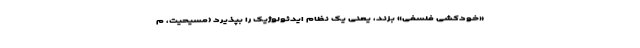
«خودکشی فلسفی» بزند، یعنی یک نظام ایدئولوژیک را بپذیرد (مسیحیت، م